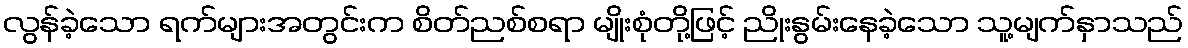
လွန်ခဲ့သော ရက်များအတွင်းက စိတ်ညစ်စရာ မျိုးစုံတို့ဖြင့် ညိုးနွမ်းနေခဲ့သော သူ့မျက်နှာသည်